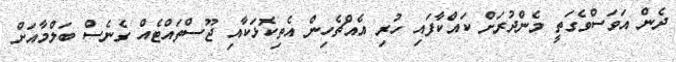
ދެން އަވަސްވެގަތީ މެންދުރަށް ކައްކާފައި ހުރި އެއްޗެހިން އެތިކޮޅަކާއި ޖޫސްތައްޓެއް ގެނެސް ބަލްމާއަށް